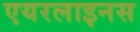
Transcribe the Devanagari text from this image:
एयरलाइनस